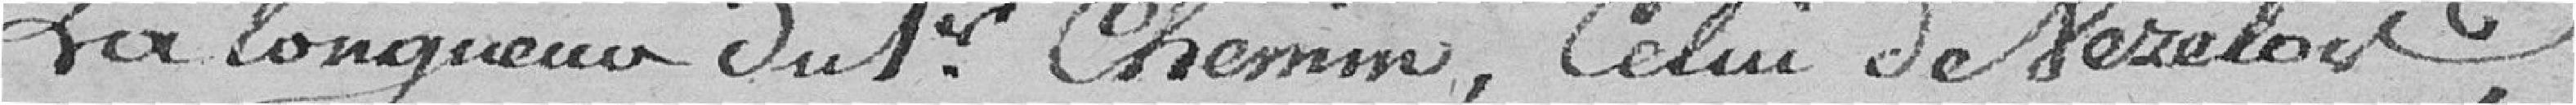
La longueur du 1e. chemin, celui de Neseloir